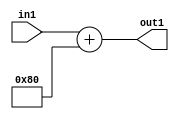
`timescale 1ps / 1ps
/*****************************************************************************
    Verilog RTL Description
    
    
    Created by: Stratus DpOpt 2019.1.01 
*******************************************************************************/

module SobelFilter_Add2n128s8_1 (
	in1,
	out1
	); /* architecture "behavioural" */ 
input [7:0] in1;
output [7:0] out1;
wire [7:0] asc001;

assign asc001 = 
	+(in1)
	+(8'B10000000);

assign out1 = asc001;
endmodule

/* CADENCE  urnwSQA= : u9/ySgnWtBlWxVPRXgAZ4Og= ** DO NOT EDIT THIS LINE ******/